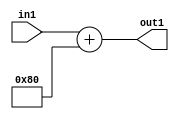
`timescale 1ps / 1ps
/*****************************************************************************
    Verilog RTL Description
    
    
    Created by: Stratus DpOpt 2019.1.01 
*******************************************************************************/

module SobelFilter_Add2n128s8_1 (
	in1,
	out1
	); /* architecture "behavioural" */ 
input [7:0] in1;
output [7:0] out1;
wire [7:0] asc001;

assign asc001 = 
	+(in1)
	+(8'B10000000);

assign out1 = asc001;
endmodule

/* CADENCE  urnwSQA= : u9/ySgnWtBlWxVPRXgAZ4Og= ** DO NOT EDIT THIS LINE ******/